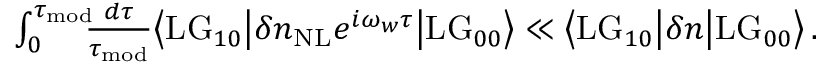
\begin{array} { r } { \int _ { 0 } ^ { \tau _ { \mathrm { m o d } } } \! \! \! \frac { d \tau } { \tau _ { \mathrm { m o d } } } \big \langle \mathrm { L G } _ { 1 0 } \big | \delta n _ { \mathrm { N L } } e ^ { i \omega _ { w } \tau } \big | \mathrm { L G } _ { 0 0 } \big \rangle \ll \big \langle \mathrm { L G } _ { 1 0 } \big | \delta n \big | \mathrm { L G } _ { 0 0 } \big \rangle \, . } \end{array}